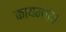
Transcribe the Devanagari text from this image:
कायमचेच